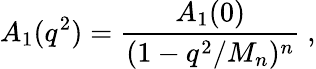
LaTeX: A_{1}(q^{2})=\frac{A_{1}(0)}{(1-q^{2}/M_{n})^{n}}\ ,